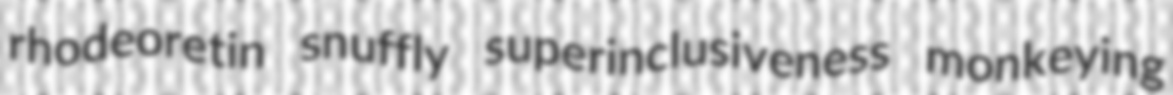
rhodeoretin snuffly superinclusiveness monkeying